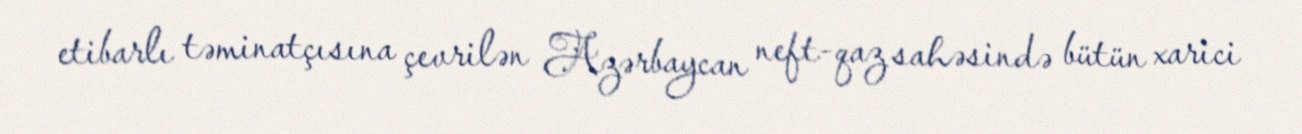
etibarlı təminatçısına çevrilən Azərbaycan neft-qaz sahəsində bütün xarici